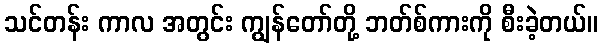
သင်တန်း ကာလ အတွင်း ကျွန်တော်တို့ ဘတ်စ်ကားကို စီးခဲ့တယ်။